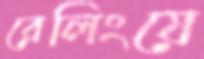
রেলিংয়ে